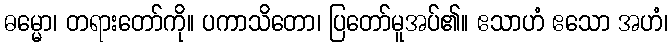
ဓမ္မော၊ တရားတော်ကို။ ပကာသိတော၊ ပြတော်မူအပ်၏။ ဧသာဟံ ဧသော အဟံ၊